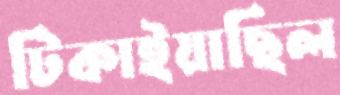
টিকাইয়াছিল